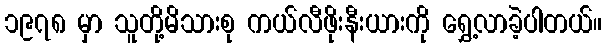
၁၉၇၈ မှာ သူတို့မိသားစု ကယ်လီဖိုးနီးယားကို ရွှေ့လာခဲ့ပါတယ်။